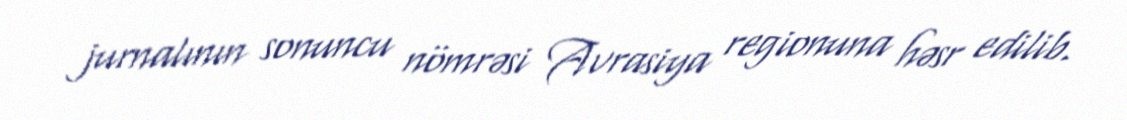
jurnalının sonuncu nömrəsi Avrasiya regionuna həsr edilib.